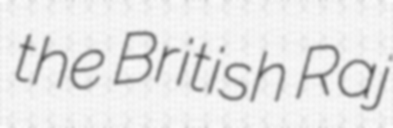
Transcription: the British Raj